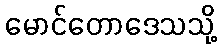
မောင်တောဒေသသို့